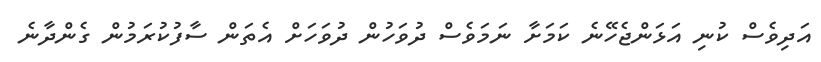
އަދިވެސް ކުނި އަޅަންޖެހޭނެ ކަމަށާ ނަމަވެސް ދުވަހުން ދުވަހަށް އެތަން ސާފުކުރަމުން ގެންދާނެ